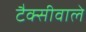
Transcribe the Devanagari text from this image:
टैक्सीवाले